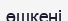
өшкені